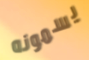
يسمونه